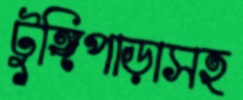
টুঙ্গিপাড়াসহ